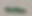
Text: -